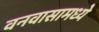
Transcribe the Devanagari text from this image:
वनवासामध्ये